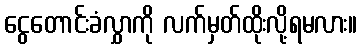
ငွေတောင်းခံလွှာကို လက်မှတ်ထိုးလို့ရမလား။